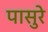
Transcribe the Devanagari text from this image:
पासुरे